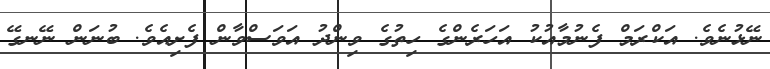
ނޭޅުނެވެ. އަކްރަމް ފެނުމާއުކު އަހަރެންގެ ހިތުގެ ވިންދު އަވަސްވާން ފެށިއެވެ. ބުނަން ނޭނގޭ